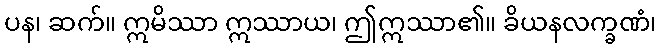
ပန၊ ဆက်။ ဣမိဿာ ဣဿာယ၊ ဤဣဿာ၏။ ခိယနလက္ခဏံ၊